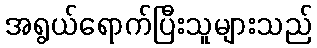
အရွယ်ရောက်ပြီးသူများသည်